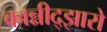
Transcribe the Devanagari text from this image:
कान्नीद्झारो